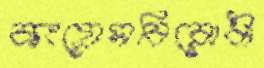
কংগ্রেসবিরোধী